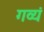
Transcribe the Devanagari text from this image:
गव्यं